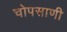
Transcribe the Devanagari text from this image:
चोपसाणी